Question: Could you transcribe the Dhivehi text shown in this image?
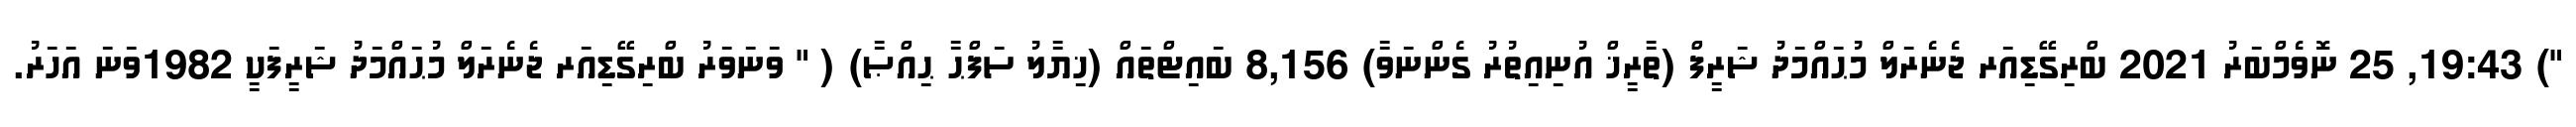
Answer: ") 19:43, 25 ނޮވެމްބަރު 2021 ބްރިގޭޑިއަރ ޖެނެރަލް މުޙައްމަދު ޝަރީފް (ތާރީޚް އުނިއިތުރު ގެންނަވާ) 8,156 ބައިޓްތައް (ޚިޔާލު ސަފްޙާ ޙިއްޞާ) ( " ވަނަވަރު ބްރިގޭޑިއަރ ޖެނެރަލް މުޙައްމަދު ޝަރީފަކީ 1982ވަނަ އަހަރު.